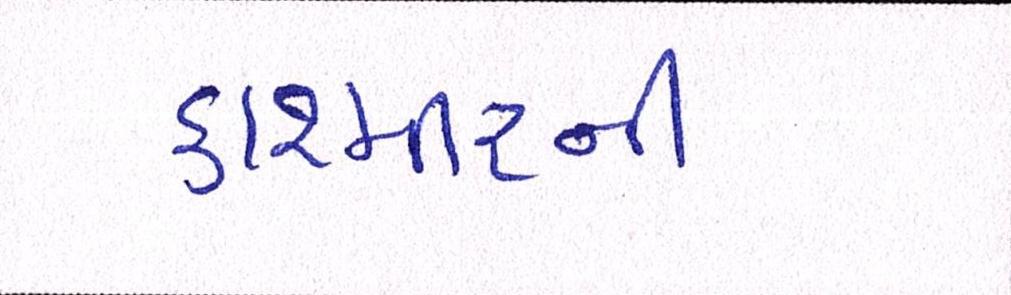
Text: કાશ્મીરની